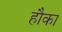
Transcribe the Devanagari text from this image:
हौका